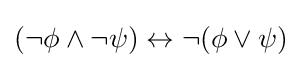
(\neg \phi \land \neg \psi )\leftrightarrow \neg (\phi \lor \psi )